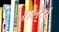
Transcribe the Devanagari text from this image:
अालेख